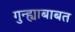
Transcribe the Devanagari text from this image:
गुन्ह्याबाबत